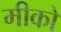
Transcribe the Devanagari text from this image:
मीको